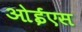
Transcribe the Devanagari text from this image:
ओईएस